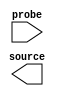

module ISSP_IT_LAB_3 (
	source,
	probe);	

	output	[0:0]	source;
	input	[0:0]	probe;
endmodule